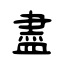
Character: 盡